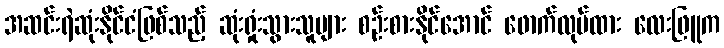
အဆင်းရဲဆုံးနိုင်ငံဖြစ်သည့် ဆုံးရှုံးသွားသူများ စဉ်းစားနိုင်အောင် ဖောက်လုပ်ထား လေးဖြူက